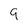
Character: 9